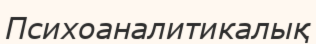
Психоаналитикалық